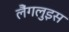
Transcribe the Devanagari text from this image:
लैंगलुइस